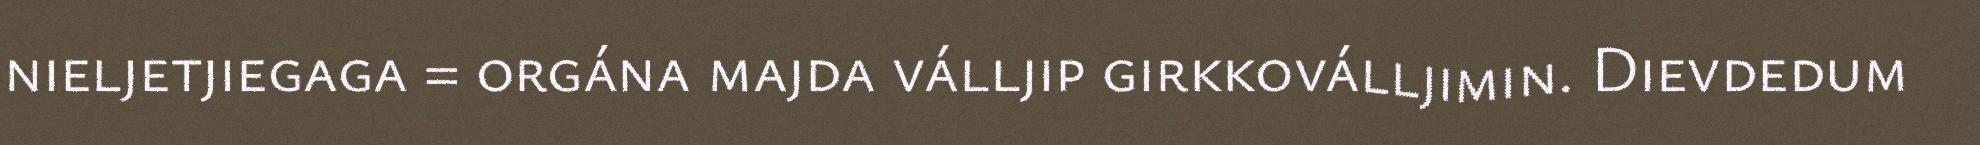
nieljetjiegaga = orgána majda válljip girkkoválljimin. Dievdedum